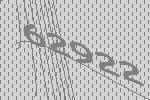
62922